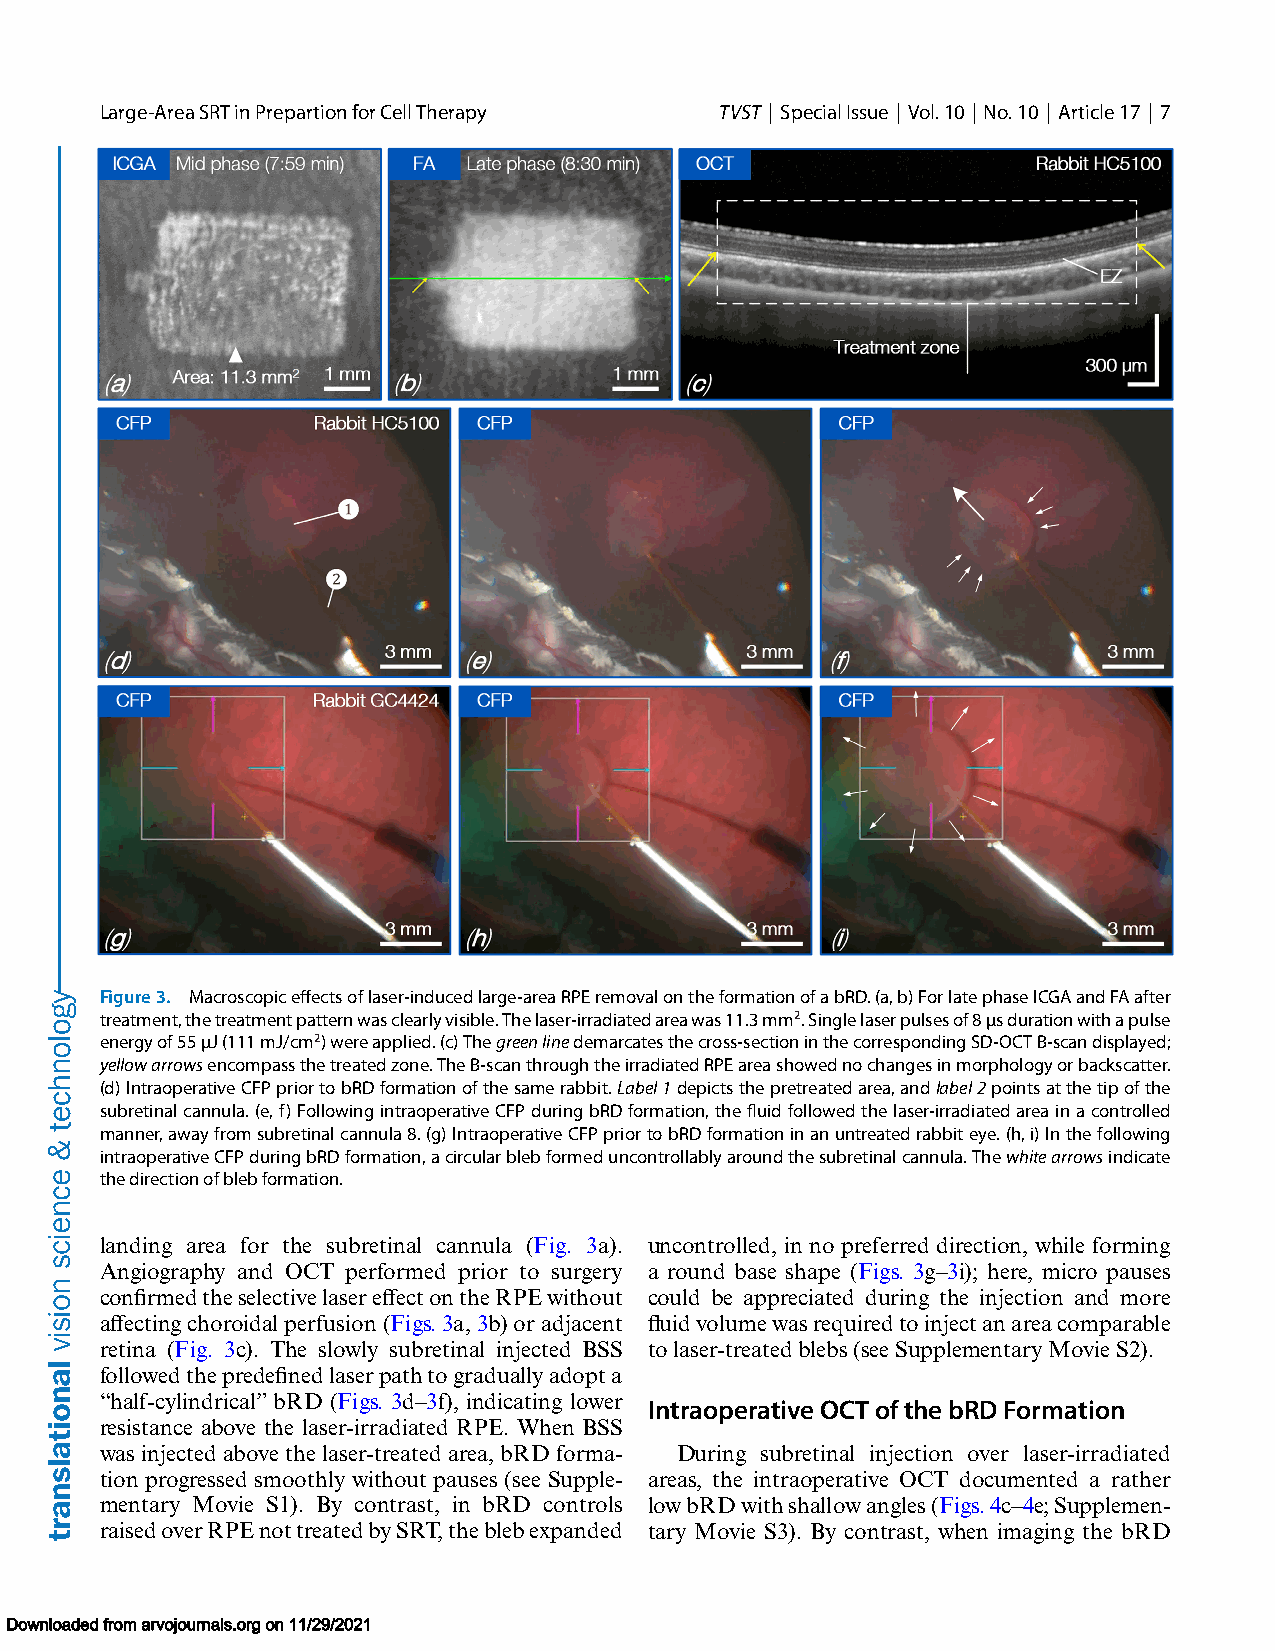
Large-AreaSRTinPrepartionforCellTherapy  TVST | SpecialIssue | Vol.10 |No.10 | Article17 | 7
 Figure3. Macroscopiceffectsoflaser-inducedlarge-areaRPEremovalontheformationofabRD.(a,b)ForlatephaseICGAandFAafter
 treatment,thetreatmentpatternwasclearlyvisible.Thelaser-irradiatedareawas11.3mm2.Singlelaserpulsesof8μsdurationwithapulse
 energyof55μJ(111mJ/cm2)wereapplied.(c)Thegreenlinedemarcatesthecross-sectioninthecorrespondingSD-OCTB-scandisplayed;
 yellowarrowsencompassthetreatedzone.TheB-scanthroughtheirradiatedRPEareashowednochangesinmorphologyorbackscatter.
 (d)IntraoperativeCFPpriortobRDformationofthesamerabbit.Label1depictsthepretreatedarea,andlabel2pointsatthetipofthe
 subretinalcannula.(e,f)FollowingintraoperativeCFPduringbRDformation,thefluidfollowedthelaser-irradiatedareainacontrolled
 manner,awayfromsubretinalcannula8.(g)IntraoperativeCFPpriortobRDformationinanuntreatedrabbiteye.(h,i)Inthefollowing
 intraoperativeCFPduringbRDformation,acircularblebformeduncontrollablyaroundthesubretinalcannula.Thewhitearrowsindicate
 thedirectionofblebformation.
 landing area for the subretinal cannula (Fig. 3a). uncontrolled, in no preferred direction, while forming
 Angiography and OCT performed prior to surgery a round base shape (Figs. 3g–3i); here, micro pauses
 confirmedtheselectivelasereffectontheRPEwithout could be appreciated during the injection and more
 affectingchoroidalperfusion(Figs.3a,3b)oradjacent fluidvolumewasrequiredtoinjectanareacomparable
 retina (Fig. 3c). The slowly subretinal injected BSS tolaser-treatedblebs(seeSupplementaryMovieS2).
 followedthepredefinedlaserpathtograduallyadopta
 “half-cylindrical”bRD (Figs. 3d–3f), indicating lower
 IntraoperativeOCTofthebRDFormation
 resistance above the laser-irradiated RPE. When BSS
 wasinjectedabovethelaser-treatedarea,bRDforma- During subretinal injection over laser-irradiated
 tion progressed smoothly without pauses (see Supple- areas, the intraoperative OCT documented a rather
 mentary Movie S1). By contrast, in bRD controls lowbRDwithshallowangles(Figs.4c–4e;Supplemen-
 raisedoverRPEnottreatedbySRT,theblebexpanded tary Movie S3). By contrast, when imaging the bRD
 Downloaded from arvojournals.org on 11/29/2021